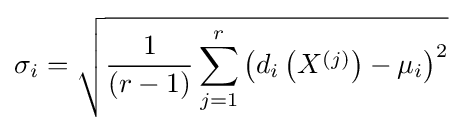
\sigma _{i}={\sqrt {{\frac {1}{(r-1)}}\sum _{j=1}^{r}\left(d_{i}\left(X^{(j)}\right)-\mu _{i}\right)^{2}}}